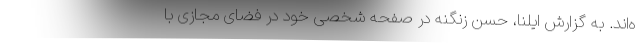
ه‌اند. به گزارش ایلنا، حسن زنگنه در صفحه شخصی خود در فضای مجازی با